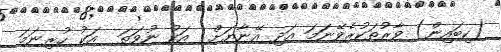
(ކިބައިން) ވާރުތަކުރެވޭނަމަ އަދި އޭނާޔަށް  އަކު ނުވަތަ  އަކު ހުރިނަމަ